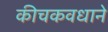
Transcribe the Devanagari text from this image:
कीचकवधाने